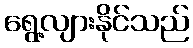
ရွေ့လျားနိုင်သည်